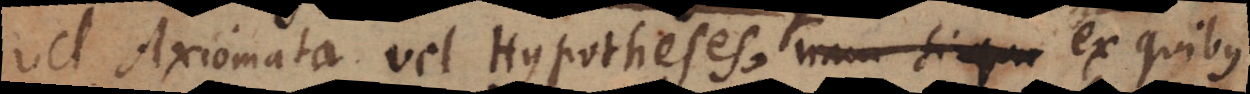
vel Axiomata vel Hypotheses, nam si qu ex quibus